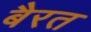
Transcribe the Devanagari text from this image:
बैरत